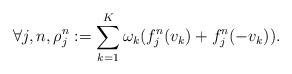
LaTeX: \begin{align*}\forall j,n, \rho_j^n:=\sum_{k=1}^K \omega_k(f_j^n(v_k)+f_j^n(-v_k)).\end{align*}